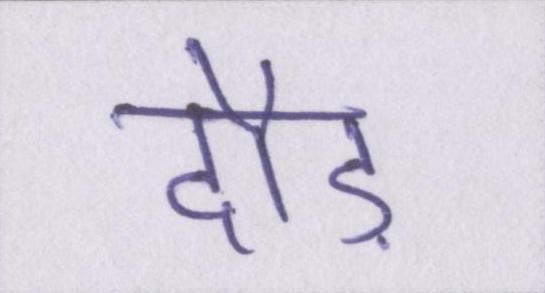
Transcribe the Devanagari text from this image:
दौड़